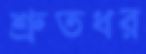
শ্রুতধর